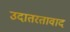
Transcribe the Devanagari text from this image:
उदातरतावाद